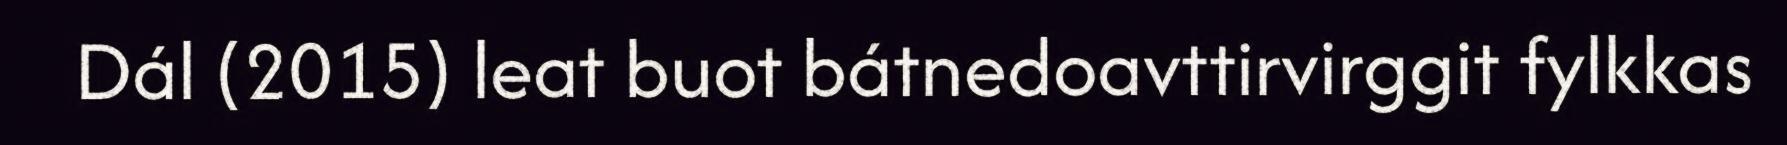
Dál (2015) leat buot bátnedoavttirvirggit fylkkas